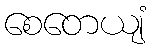
စေတေယျံ